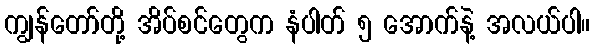
ကျွန်တော်တို့ အိပ်စင်တွေက နံပါတ် ၅ အောက်နဲ့ အလယ်ပါ။